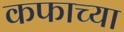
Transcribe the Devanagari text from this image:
कफाच्या